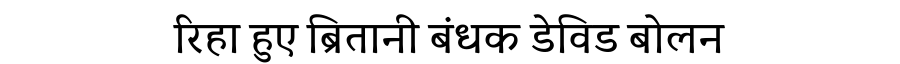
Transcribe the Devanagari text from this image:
रिहा हुए ब्रितानी बंधक डेविड बोलन